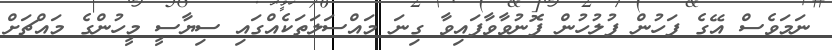
ނަމަވެސް އޭގެ ފަހުން ފުލުހުން ފޮނުވާވާފައިވާ ގިނަ މައްސަލަތަކެއްގައި ސިޔާސީ މީހުންގެ މައްޗަށް